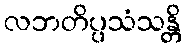
လဘတိပ္ပသံသန္တိ